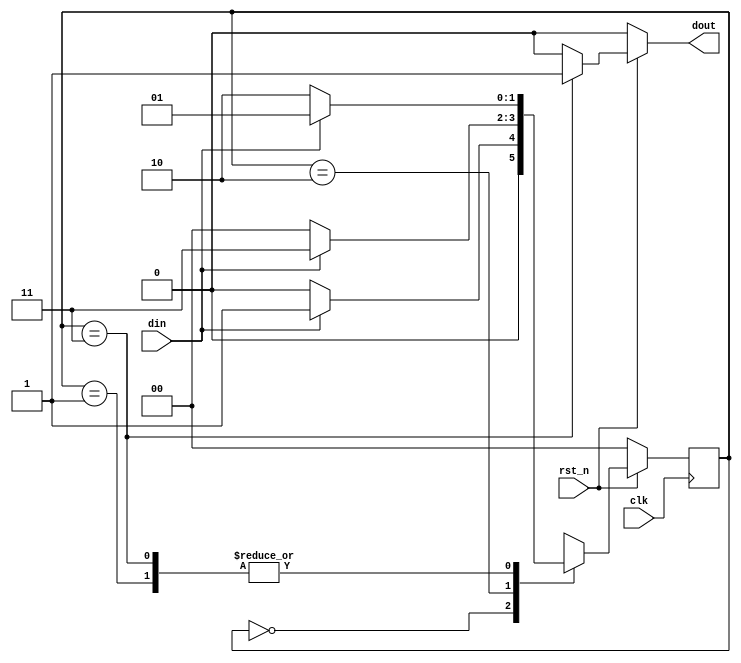
//********************************************************
//   Copyright(c)2016, STEP FPGA 
//   All rights reserved
//   Module name     :   detector
//   Data            :   2016/08/01
//   Version         :   V1.0
//   Description     :   
//
//   Modification history
//   ----------------------------------------------------------------------------
// Version       
// Description
//
//********************************************************


//*******************
//DEFINE MODULE PORT
//*******************
module detector
(
	//INPUT
	clk			,
	rst_n			,
	din			,
	//OUTPUT
	dout			
);
	//*******************
	//DEFINE INPUT
	//*******************
	input 			clk,rst_n,din;     

    //*******************
	//DEFINE OUTPUT
	//*******************
	output	 reg   	dout;
	
	//*********************
	//INNER SIGNAL DECLARATION
	//*********************
	//REGS
	reg   [1:0]       	cur_state,next_state; 
	
	//*******************
	//DEFINE PARAMETER
	//*******************
	parameter			s0	=	2'b00,
						s1	=	2'b01,
						s2	=	2'b10,
						s3	=	2'b11;

	
	//Sequential logic style
	always @(posedge clk)
		begin
			if(!rst_n)
				cur_state<=s0;
			else
				cur_state<=next_state;
		end

	always @(cur_state or din)
		begin
			case(cur_state)
			s0:
				if(din==1)
					next_state=s1;
				else
					next_state=s0;
			s1:
				next_state=din?s1:s2;
			s2:
				next_state=din?s3:s0;
			s3:
				next_state=din?s1:s2;
			default:
				next_state=s0;
			endcase
		end

	always @(cur_state or din or rst_n)
		begin
			if(!rst_n)
				dout=1'b0;
			else if(cur_state==s3)
                dout=1'b1;
			else
				dout=1'b0;
		end

endmodule